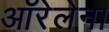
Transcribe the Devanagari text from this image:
ऑरेलेना